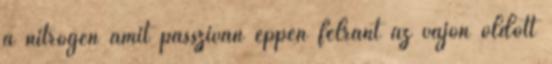
a nitrogén amit passzívan éppen felránt az vajon oldott